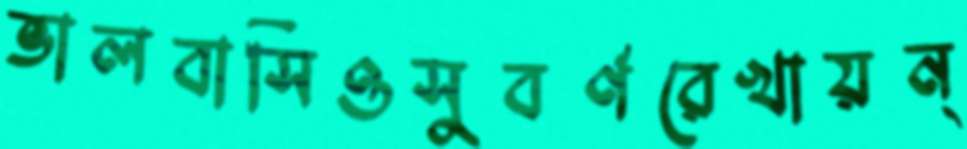
ভালবাসিওসুবর্ণরেখায়ন্